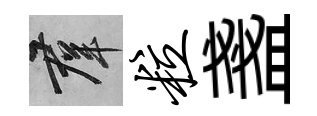
群粒盞